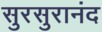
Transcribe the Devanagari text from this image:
सुरसुरानंद